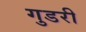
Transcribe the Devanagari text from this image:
गुडरी